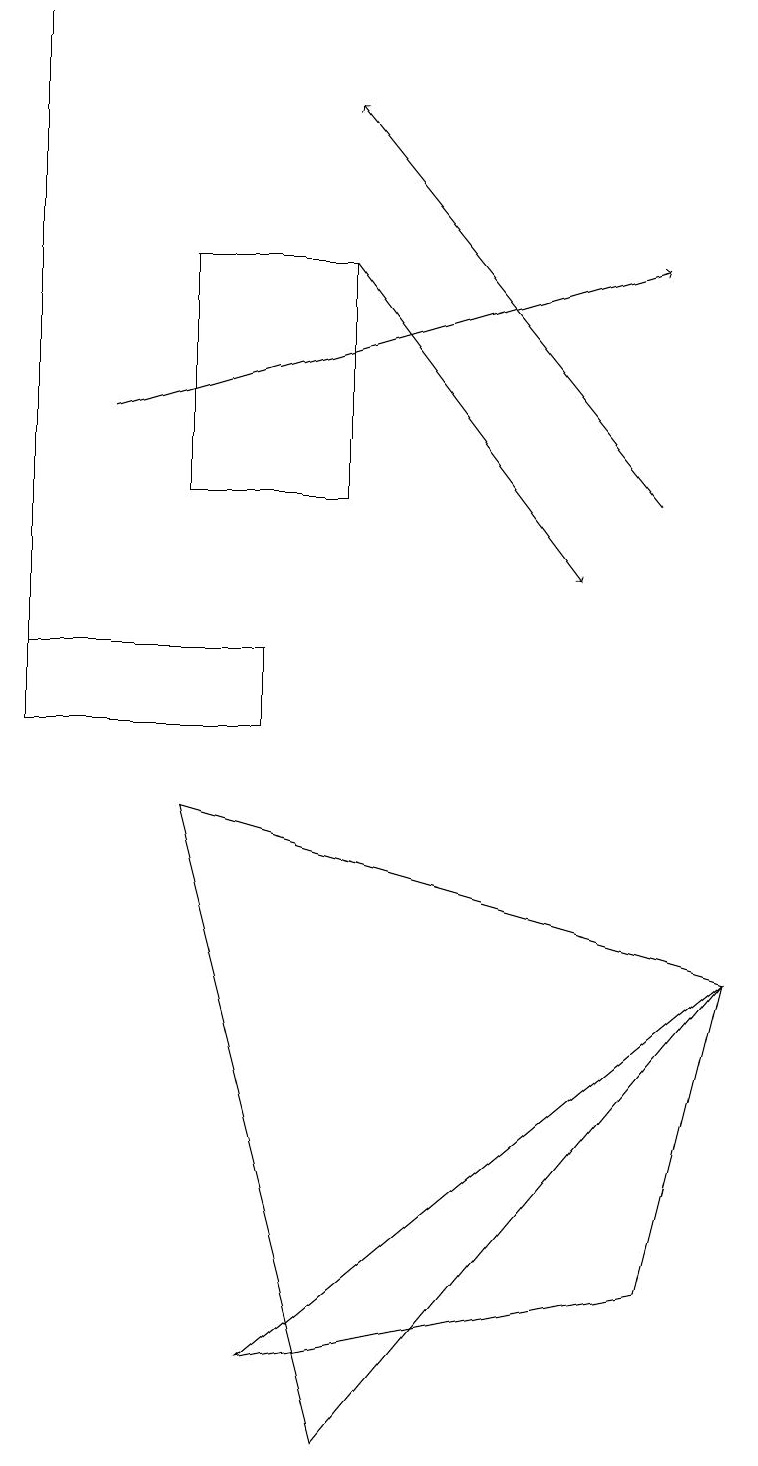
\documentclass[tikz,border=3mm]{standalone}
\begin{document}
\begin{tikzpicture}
\draw[->] (1,14) -- (8,16);
\draw (4,1) -- (9,7) -- (2,9) -- cycle;
\draw (3,10) rectangle (0,11);
\draw (8,3) -- (3,2) -- (9,7) -- cycle;
\draw (0,19) rectangle (0,11);
\draw[->] (4,16) -- (7,12);
\draw (4,13) rectangle (2,16);
\draw[->] (8,13) -- (4,18);
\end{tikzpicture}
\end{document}